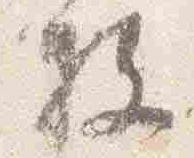
枚